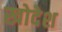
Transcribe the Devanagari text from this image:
खोदेश